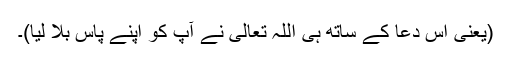
(یعنی اس دعا کے ساتھ ہی اللہ تعالیٰ نے آپ کو اپنے پاس بلا لیا)۔